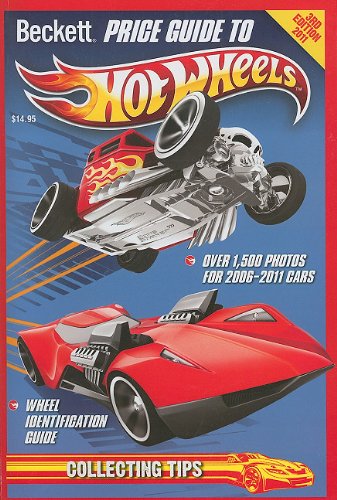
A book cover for Beckett Official Price Guide to Hot Wheels: 2010 Edition (Beckett Price Guide to Hot Wheels); Doug Kale; Science Fiction & Fantasy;